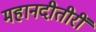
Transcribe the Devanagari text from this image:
महानदीतीरीं